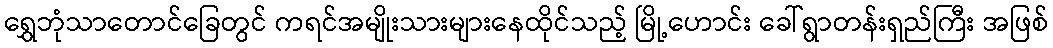
ရွှေဘုံသာတောင်ခြေတွင် ကရင်အမျိုးသားများနေထိုင်သည့် မြို့ဟောင်း ခေါ်ရွာတန်းရှည်ကြီး အဖြစ်